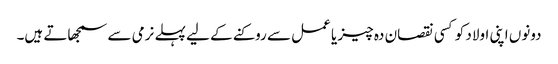
دونوں اپنی اولاد کو کسی نقصان دہ چیز یا عمل سے روکنے کے لیے پہلے نرمی سے سمجھاتے ہیں۔